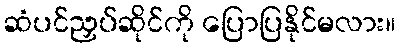
ဆံပင်ညှပ်ဆိုင်ကို ပြောပြနိုင်မလား။